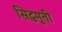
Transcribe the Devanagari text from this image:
सिद्धमुनी